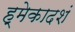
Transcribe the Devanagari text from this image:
ह्मेकादशं